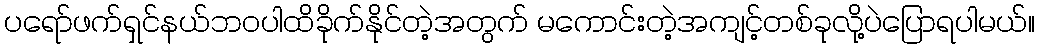
ပရော်ဖက်ရှင်နယ်ဘဝပါထိခိုက်နိုင်တဲ့အတွက် မကောင်းတဲ့အကျင့်တစ်ခုလို့ပဲပြောရပါမယ်။